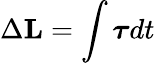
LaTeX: \Delta\mathbf{L}=\int{\boldsymbol{\tau}}dt